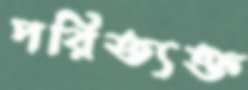
পরিত্যক্ত